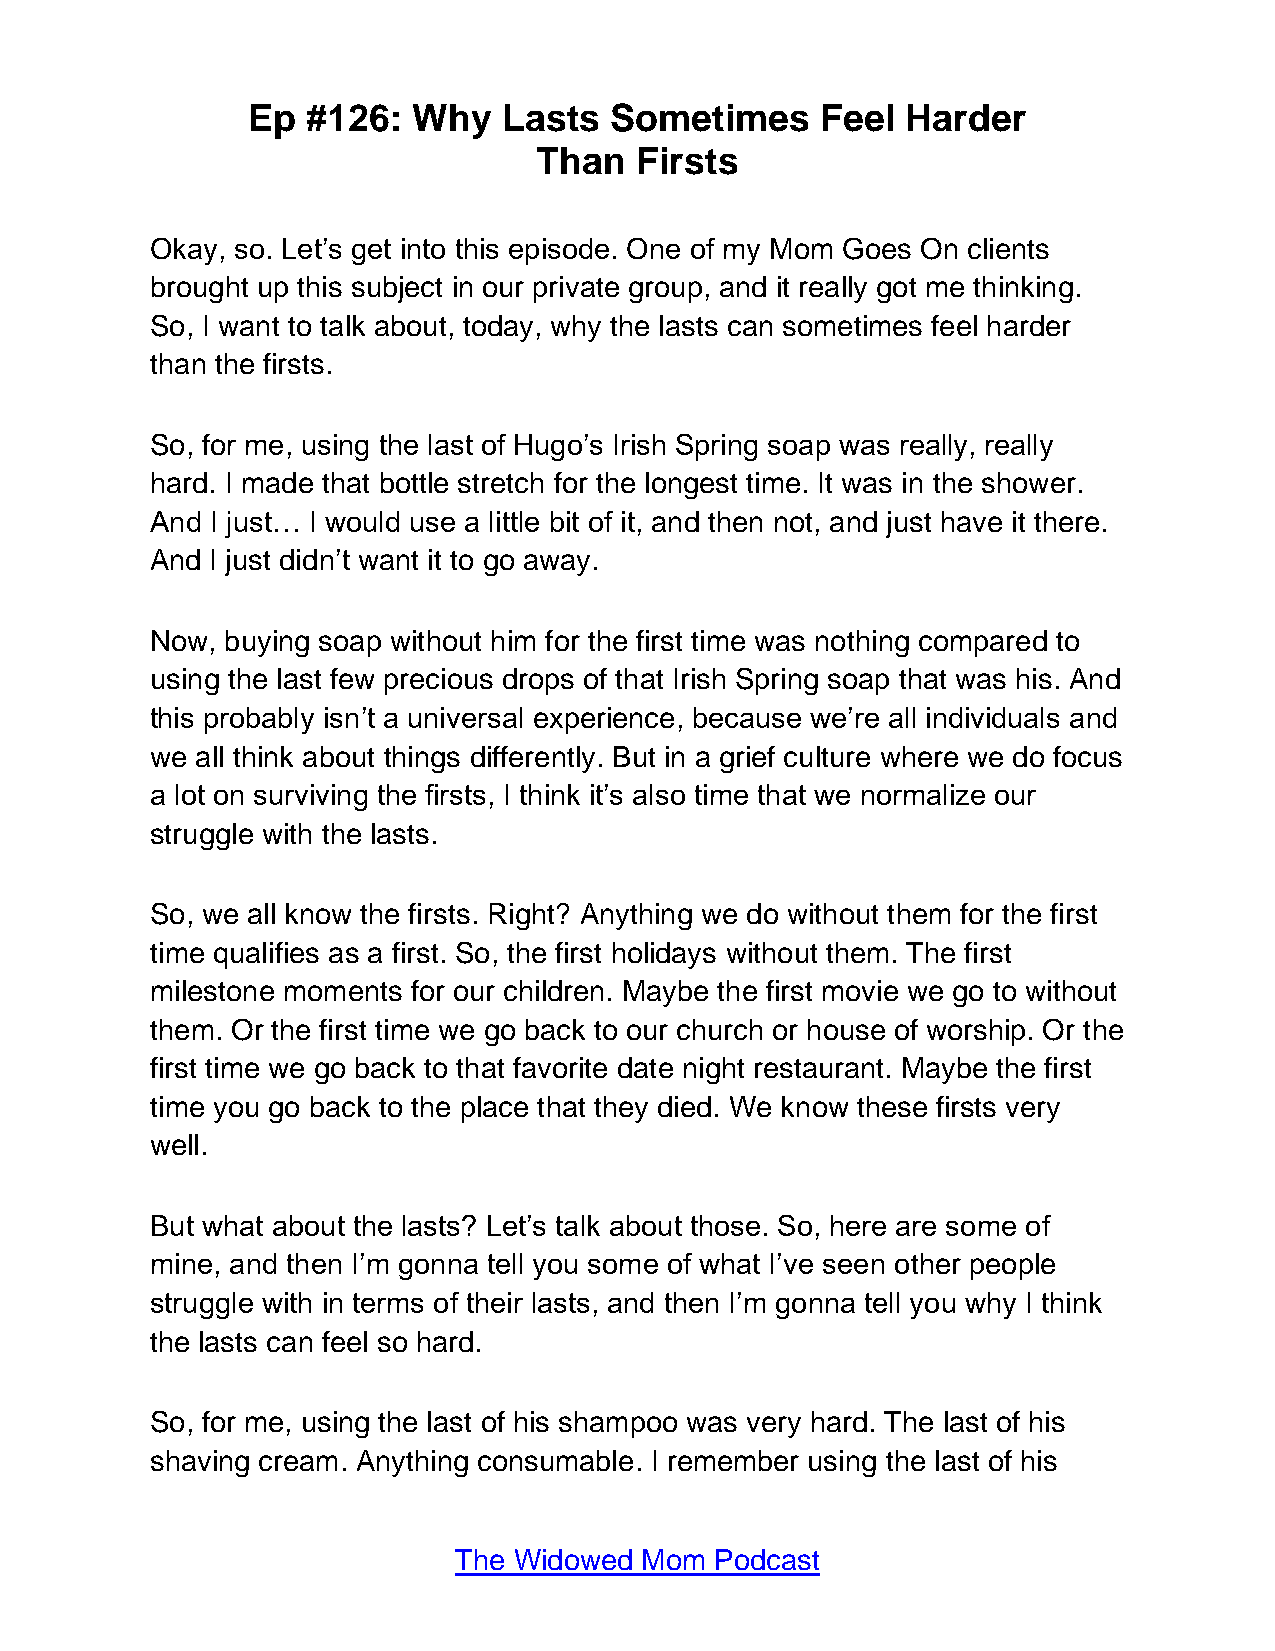
Ep  #126:  Why   Lasts  Sometimes     Feel  Harder
 Than  Firsts
 Okay, so. Let’s get into this episode. One of my Mom Goes On clients
 brought up this subject in our private group, and it really got me thinking.
 So, I want to talk about, today, why the lasts can sometimes feel harder
 than the firsts.
 So, for me, using the last of Hugo’s Irish Spring soap was really, really
 hard. I made that bottle stretch for the longest time. It was in the shower.
 And I just… I would use a little bit of it, and then not, and just have it there.
 And I just didn’t want it to go away.
 Now, buying soap without him for the first time was nothing compared to
 using the last few precious drops of that Irish Spring soap that was his. And
 this probably isn’t a universal experience, because we’re all individuals and
 we all think about things differently. But in a grief culture where we do focus
 a lot on surviving the firsts, I think it’s also time that we normalize our
 struggle with the lasts.
 So, we all know the firsts. Right? Anything we do without them for the first
 time qualifies as a first. So, the first holidays without them. The first
 milestone moments for our children. Maybe the first movie we go to without
 them. Or the first time we go back to our church or house of worship. Or the
 first time we go back to that favorite date night restaurant. Maybe the first
 time you go back to the place that they died. We know these firsts very
 well.
 But what about the lasts? Let’s talk about those. So, here are some of
 mine, and then I’m gonna tell you some of what I’ve seen other people
 struggle with in terms of their lasts, and then I’m gonna tell you why I think
 the lasts can feel so hard.
 So, for me, using the last of his shampoo was very hard. The last of his
 shaving cream. Anything consumable. I remember using the last of his
 The Widowed Mom  Podcast